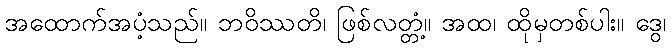
အထောက်အပံ့သည်။ ဘဝိဿတိ၊ ဖြစ်လတ္တံ့။ အထ၊ ထိုမှတစ်ပါး။ ဒွေ၊